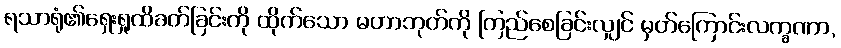
ရသာရုံ၏ရှေးရှုထိခတ်ခြင်းကို ထိုက်သော မဟာဘုတ်ကို ကြည်စေခြင်းလျှင် မှတ်ကြောင်းလက္ခဏာ,